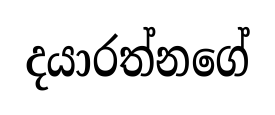
දයාරත්නගේ